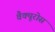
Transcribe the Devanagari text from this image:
वैक्यूरोस